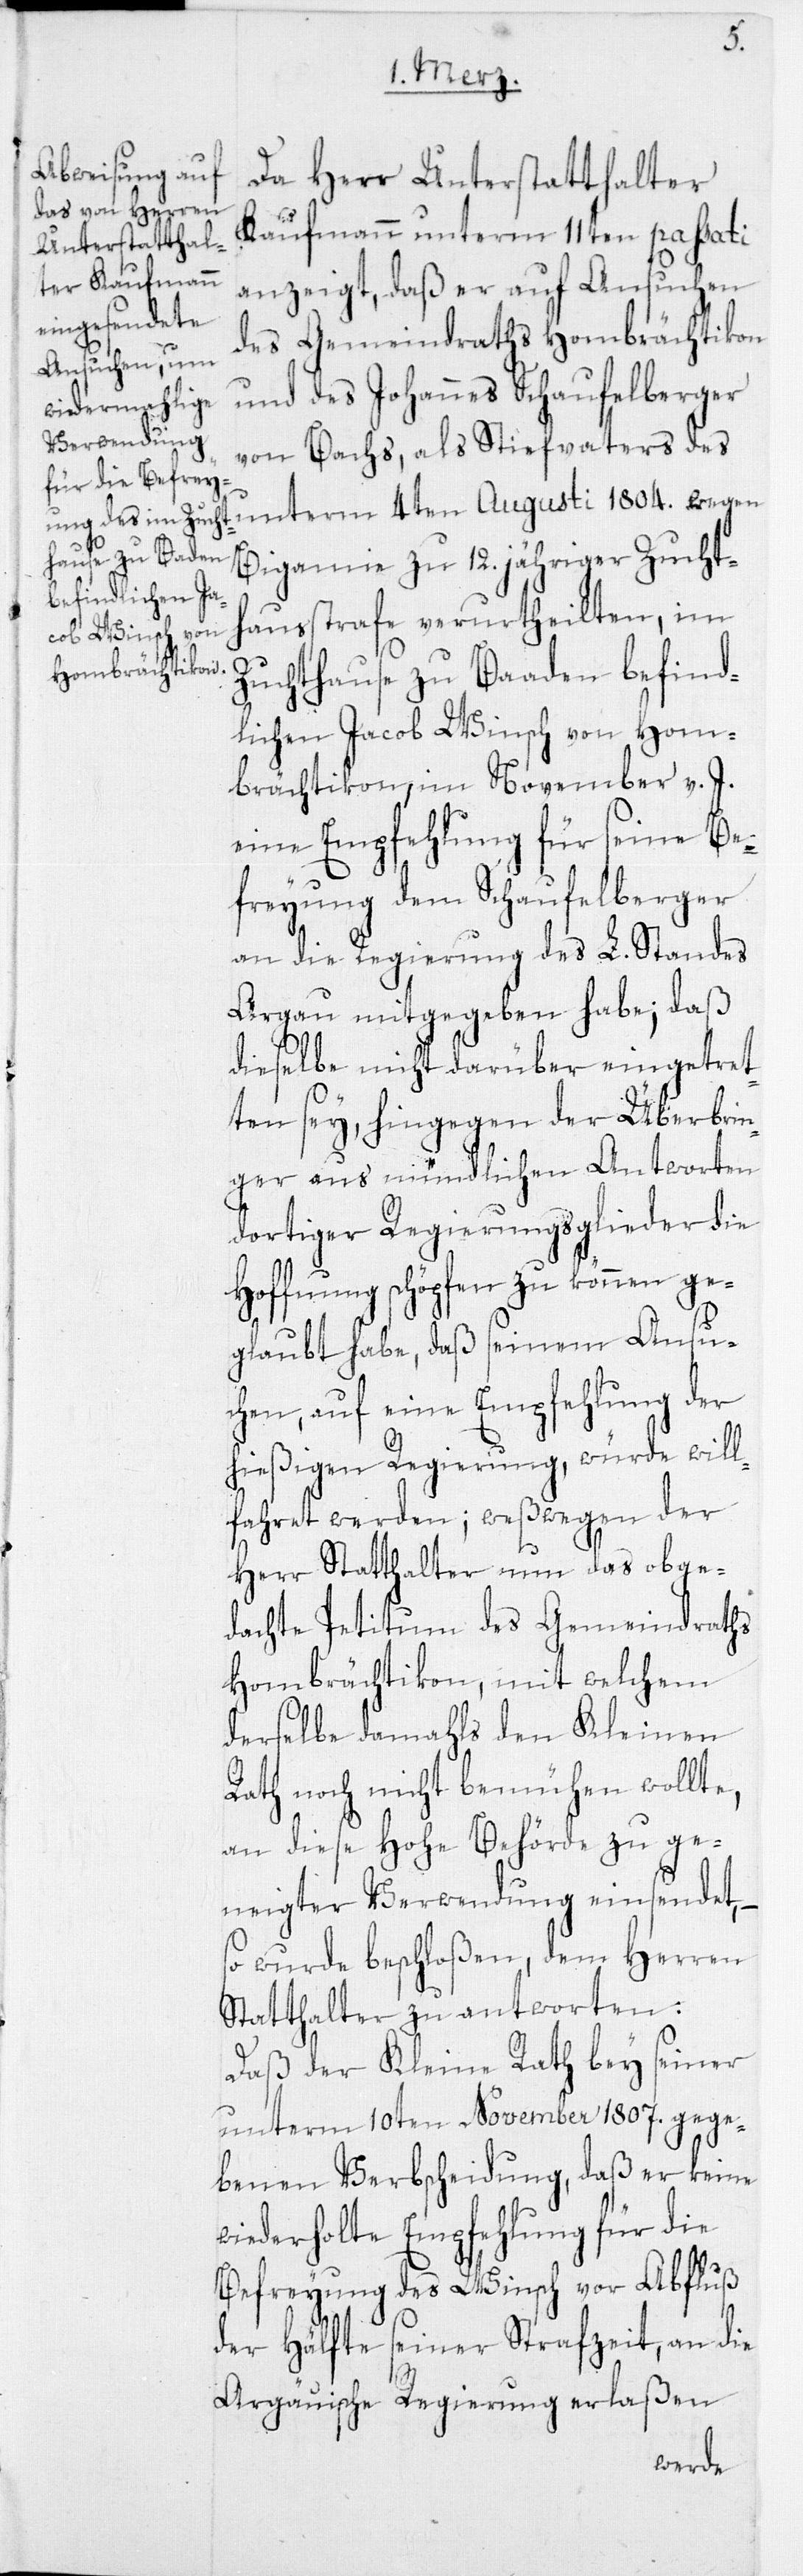
Da Herr Unterstatthalter
Kaufmann unterm 11ten passati
anzeigt, daß er auf Ansuchen
des Gemeindraths Hombrächtikon
und des Johannes Schaufelberger
von Bachs, als Stiefvaters des
unterm 4ten Augusti 1804. wegen
Bigamie zu 12. jähriger Zucht¬
hausstrafe verurtheilten, im
Zuchthause zu Baaden befind¬
lichen Jacob Winsch von Hom¬
brächtikon, im November v. J.
eine Empfehlung für seine Be¬
freyung dem Schaufelberger
an die Regierung des L. Standes
Argau mitgegeben habe; daß
dieselbe nicht darüber eingetret¬
ten sey, hingegen der Überbrin¬
ger aus mündlichen Antworten
dortiger Regierungsglieder die
Hoffnung schöpfen zu können ge¬
glaubt habe, daß seinem Ansu¬
chen, auf eine Empfehlung der
hießigen Regierung, würde will¬
fahret werden; weßwegen der
Herr Statthalter um das obge¬
dachte Petitum des Gemeindraths
Hombrächtikon, mit welchem
derselbe damahls den Kleinen
Rath noch nicht bemühen wollte,
an diese Hohe Behörde zu ge¬
neigter Verwendung einsendet,
so wurde beschloßen, dem Herren
Statthalter zu antworten:
Daß der Kleine Rath bey seiner
unterm 10ten November 1807. gege¬
benen Verbscheidung, daß er keine
wiederholte Empfehlung für die
Befreyung des Winsch vor Abfluß
der Hälfte seiner Strafzeit, an die
Argäuische Regierung erlaßen